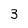
Character: 3